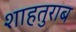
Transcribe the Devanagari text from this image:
शाहतुराब